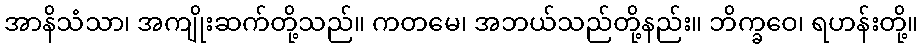
အာနိသံသာ၊ အကျိုးဆက်တို့သည်။ ကတမေ၊ အဘယ်သည်တို့နည်း။ ဘိက္ခဝေ၊ ရဟန်းတို့။